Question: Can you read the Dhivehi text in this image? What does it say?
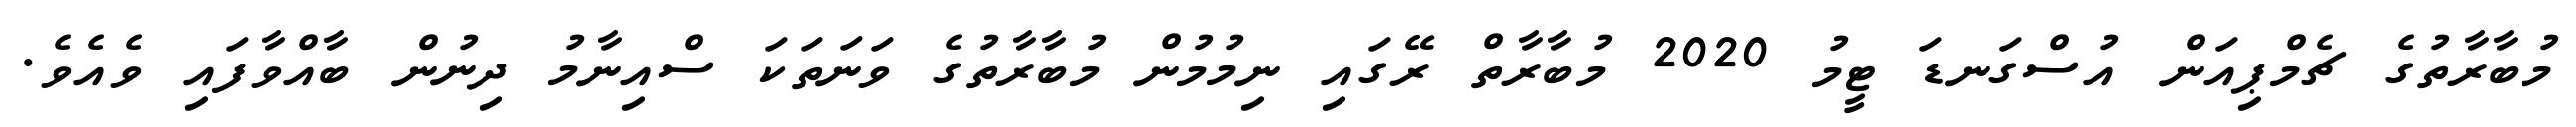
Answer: މުބާރާތުގެ ޗެމްޕިއަން އުސްގަނޑަ ޓީމު 2020 މުބާރާތް ރޭގައި ނިމުމުން މުބާރާތުގެ ވަނަތަކަ ސްއިނާމު ދިނުން ބާއްވާފައި ވެއެވެ.